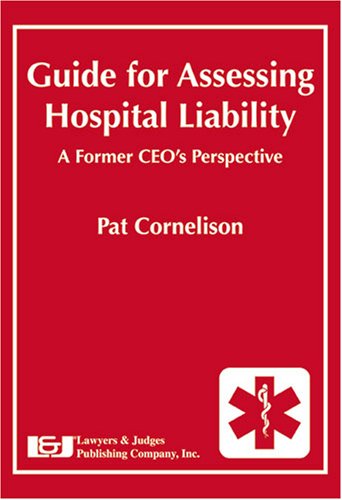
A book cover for Guide for Assessing Hospital Liability: A Former CEO's Perspective; Pat Cornelison; Law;